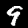
Label: 9